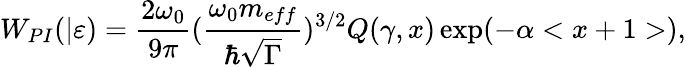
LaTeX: W_{PI}(|\varepsilon)=\frac{2\omega_{0}}{9\pi}(\frac{\omega_{0}m_{eff}}{\hbar\sqrt{\Gamma}})^{3/2}Q(\gamma,x)\exp(-\alpha<x+1>),